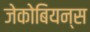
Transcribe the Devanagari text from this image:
जेकोबियन्स